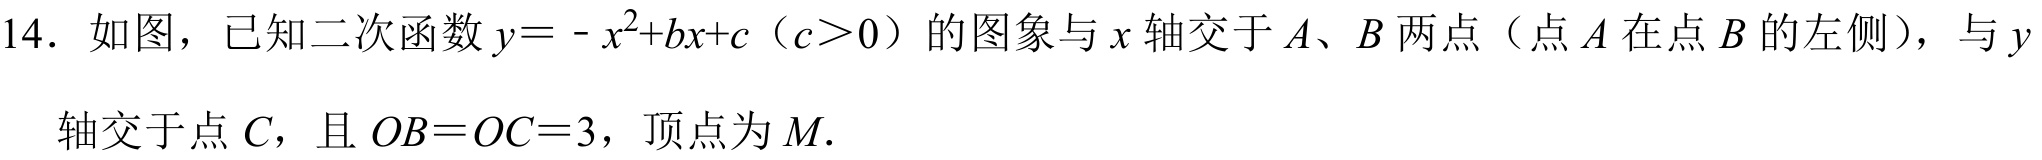
14. 如图，已知二次函数\(y = -x^{2}+bx + c\)（\(c>0\)）的图象与\(x\)轴交于\(A\)、\(B\)两点（点\(A\)在点\(B\)的左侧），与\(y\)轴交于点\(C\)，且\(OB = OC = 3\)，顶点为\(M\).